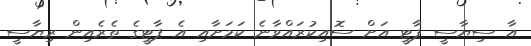
އާ ސިޔާސީ ޕާޓީ އަށް ސޮއިކުރައްވާނެ ކަމަށާއި އެ ޕާޓީގެ ތެރެއިން ރިޔާސީ